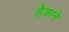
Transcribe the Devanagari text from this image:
हेकने